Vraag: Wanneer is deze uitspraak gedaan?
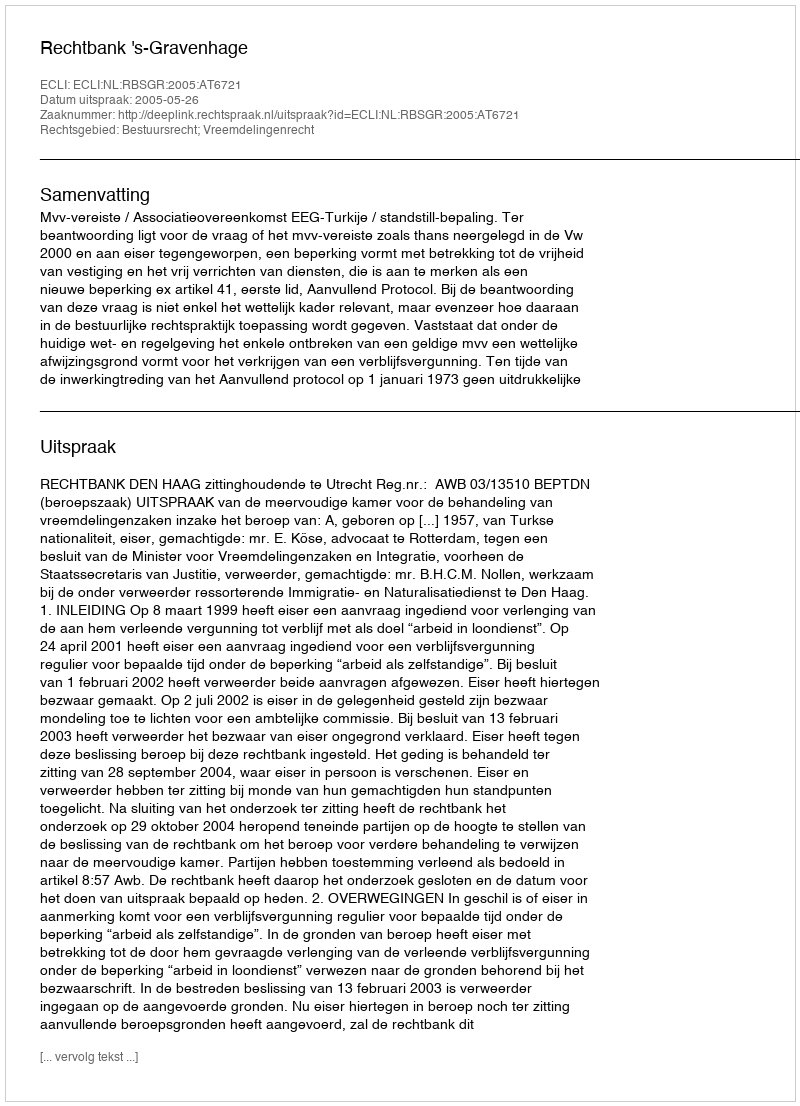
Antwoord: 2005-05-26